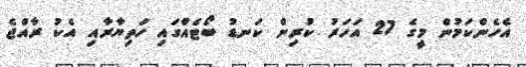
އެހެންކަމުން މީގެ 27 އަހަރު ކުރިން ކަނޑު ބޯޓެއްގައި ހަތިޔާރާއި އެކު ރާއްޖެ